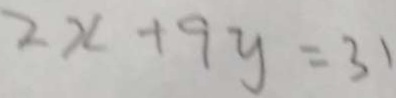
2 x + 9 y = 3 1